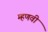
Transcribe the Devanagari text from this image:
म्हणवी